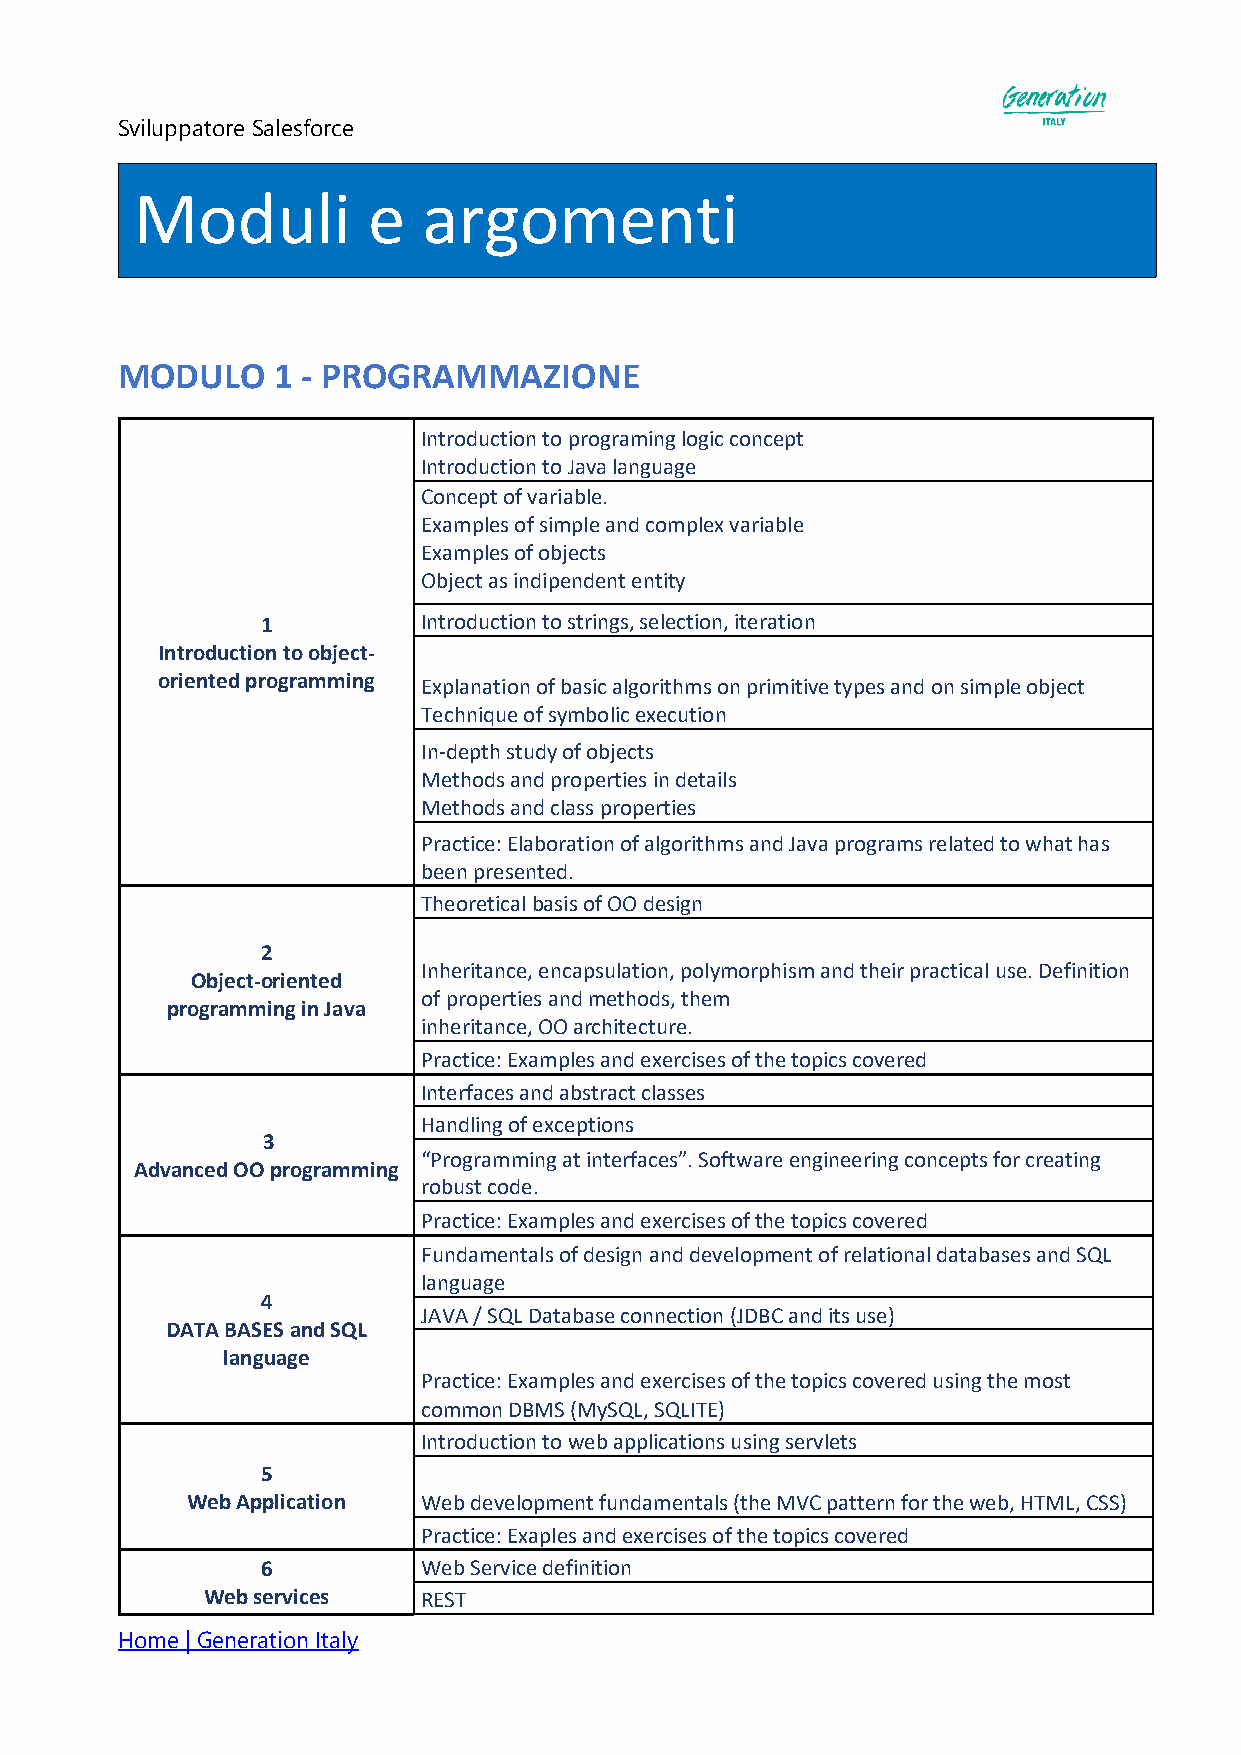
Sviluppatore Salesforce
 Moduli         e   argomenti
 MODULO    1 - PROGRAMMAZIONE
 Introduction to programing logic concept
 Introduction to Java language
 Concept of variable.
 Examples of simple and complex variable
 Examples of objects
 Object as indipendent entity
 1          Introduction to strings, selection, iteration
 Introduction to object-
 oriented programming Explanation of basic algorithms on primitive types and on simple object
 Technique of symbolic execution
 In-depth study of objects
 Methods and properties in details
 Methods and class properties
 Practice: Elaboration of algorithms and Java programs related to what has
 been presented.
 Theoretical basis of OO design
 2
 Inheritance, encapsulation, polymorphism and their practical use. Definition
 Object-oriented
 of properties and methods, them
 programming in Java
 inheritance, OO architecture.
 Practice: Examples and exercises of the topics covered
 Interfaces and abstract classes
 Handling of exceptions
 3
 “Programming at interfaces”. Software engineering concepts for creating
 Advanced OO programming
 robust code.
 Practice: Examples and exercises of the topics covered
 Fundamentals of design and development of relational databases and SQL
 language
 4
 JAVA / SQL Database connection (JDBC and its use)
 DATA BASES and SQL
 language
 Practice: Examples and exercises of the topics covered using the most
 common DBMS (MySQL, SQLITE)
 Introduction to web applications using servlets
 5
 Web Application Web development fundamentals (the MVC pattern for the web, HTML, CSS)
 Practice: Exaples and exercises of the topics covered
 6          Web Service definition
 Web services   REST
 Home | Generation Italy